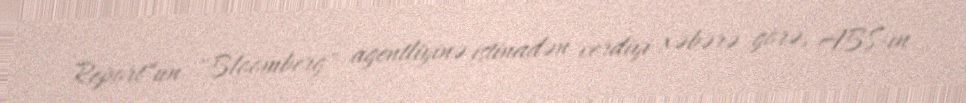
Report"un "Bloomberg" agentliyinə istinadən verdiyi xəbərə görə, ABŞ-ın